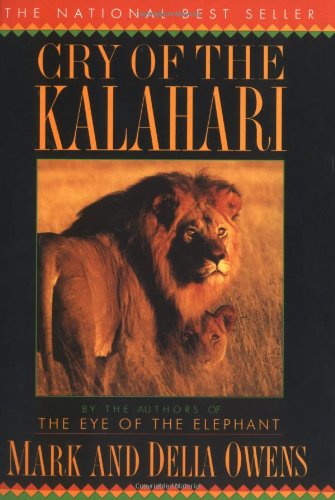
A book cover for Cry of the Kalahari; Mark James Owens; Science & Math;